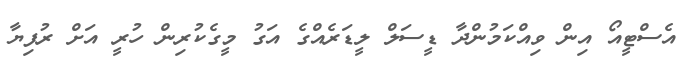
އެސްޓީއޯ އިން ވިއްކަމުންދާ ޑީސަލް ލީޑަރެއްގެ އަގު މީގެކުރިން ހުރީ އަށް ރުފިޔާ